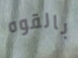
بالقوه